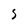
Character: S